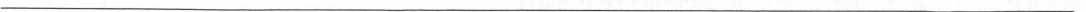
___